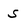
Character: s